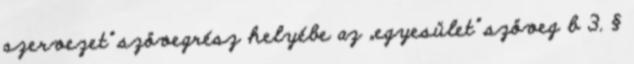
szervezet” szövegrész helyébe az „egyesület” szöveg b 3. §